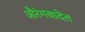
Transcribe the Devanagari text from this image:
औरंगबादेत